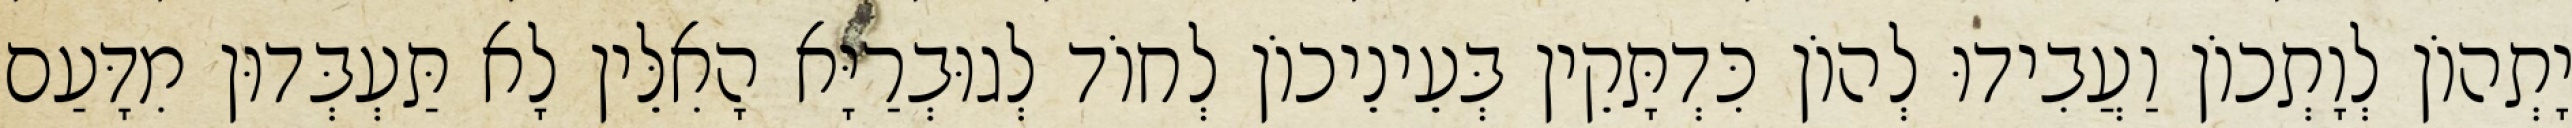
יָתְהוֹן לְוָתְכוֹן וַעֲבִידוּ לְהוֹן כִּדְתָּקֵין בְּעֵינֵיכוֹן לְחוֹד לְגוּבְרַיָּא הָאִלֵּין לָא תַּעְבְּדוּן מִדָּעַם